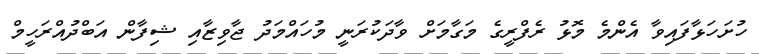
ހުށަހަޅާފައިވާ އެންމެ މޮޅު ރެފްރީގެ މަގާމަށް ވާދަކުރަނީ މުހައްމަދު ޖާވިޒާއި ޝިފާން އަބްދުއްރަހީމް